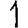
Digit: 1